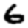
Digit: 6